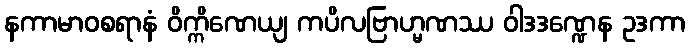
နကာမာဝစရာနံ ဝိက္ကိဏေယျ ကပိလဗြာဟ္မဏဿ ဝါဒဒဏ္ဍေန ဥဒကာ